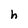
Character: h